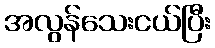
အလွန်သေးငယ်ပြီး